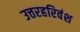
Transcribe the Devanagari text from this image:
उत्तरहरिवंश